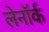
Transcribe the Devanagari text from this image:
लेनॉर्क